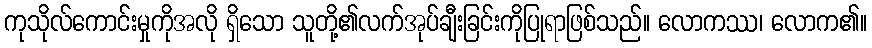
ကုသိုလ်ကောင်းမှုကိုအလို ရှိသော သူတို့၏လက်အုပ်ချီးခြင်းကိုပြုရာဖြစ်သည်။ လောကဿ၊ လောက၏။